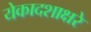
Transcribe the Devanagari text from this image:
येकादशाक्षरे